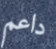
داعم